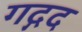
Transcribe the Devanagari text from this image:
गद्गद